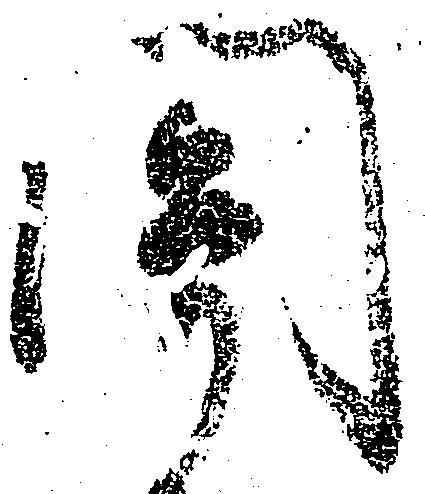
関